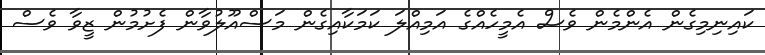
ކައިނިމިގެން އެންމެން ވެސް އެމީހެއްގެ އަމިއްލަ ކަމަކާއިގެން މަސްއޫލުވާން ފެށުމުން ޒީވާ ވެސް